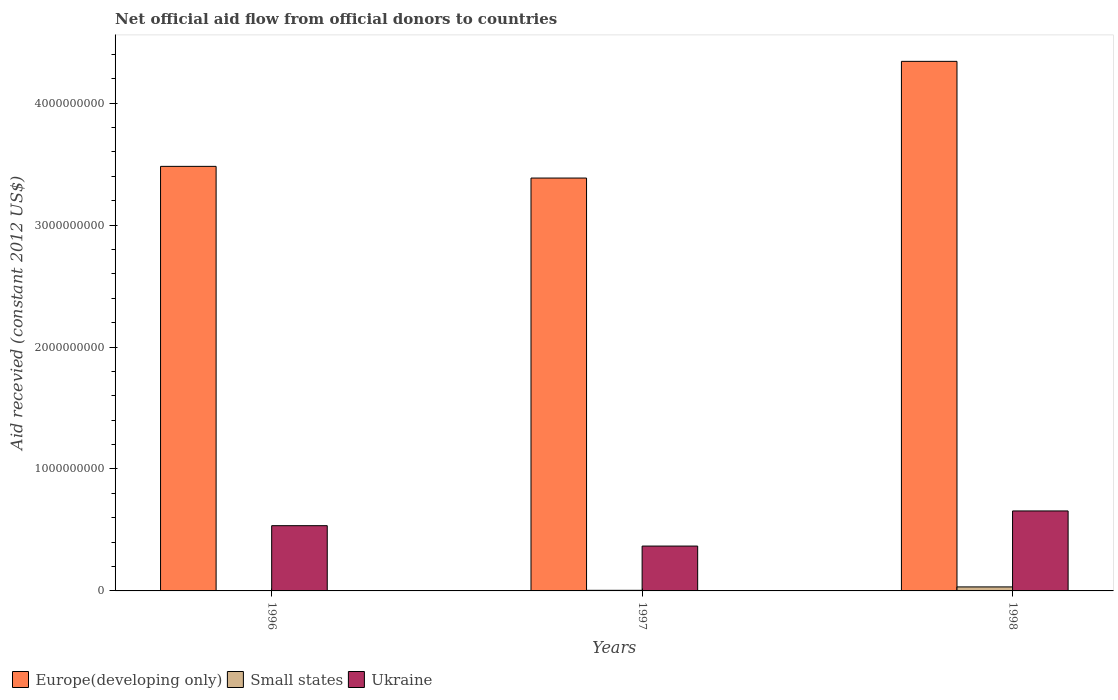
| Years | Europe(developing only) | Small states | Ukraine |
 | --- | --- | --- | --- |
 | 1996 | 3.48e+09 | 2.04e+06 | 5.35e+08 |
 | 1997 | 3.39e+09 | 4.93e+06 | 3.68e+08 |
 | 1998 | 4.34e+09 | 3.29e+07 | 6.56e+08 |